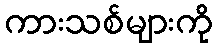
ကားသစ်များကို